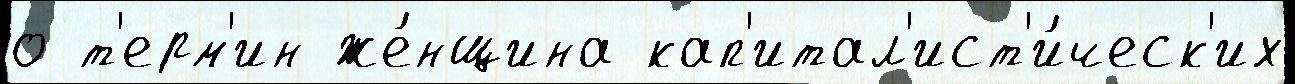
о т'ерм'ин же́нщина кап'итал'ист'и́ческ'их